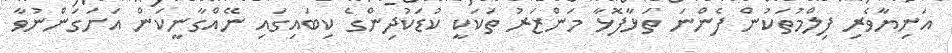
އަނިޔާވެރި ފިލްމުތަކުން ފެންނަ ތަޅާފޮޅާ މަންޒަރު ތަކަކީ ކުޑަކުދިންގެ ކިބައިގައި ނޭއްގާނީކަން އަށަގަންނުވާ